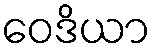
ဝေဒိယာ